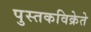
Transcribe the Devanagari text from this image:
पुस्तकविक्रेते